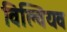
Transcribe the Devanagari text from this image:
विल्वियव